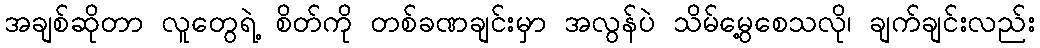
အချစ်ဆိုတာ လူတွေရဲ့ စိတ်ကို တစ်ခဏချင်းမှာ အလွန်ပဲ သိမ်မွေ့စေသလို၊ ချက်ချင်းလည်း